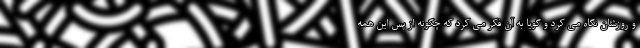
و روزشان نگاه می کرد و گویا به آن فکر می کرد که چگونه از پس این همه